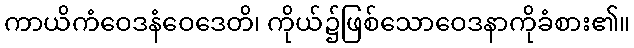
ကာယိကံဝေဒနံဝေဒေတိ၊ ကိုယ်၌ဖြစ်သောဝေဒနာကိုခံစား၏။